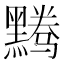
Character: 𬹘